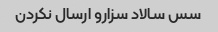
سس سالاد سزارو ارسال نکردن